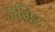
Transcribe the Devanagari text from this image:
अरिष्ठ